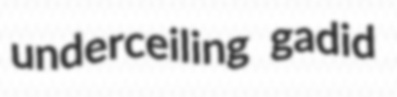
underceiling gadid